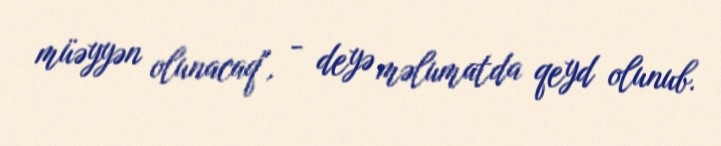
müəyyən olunacaq", - deyə məlumatda qeyd olunub.